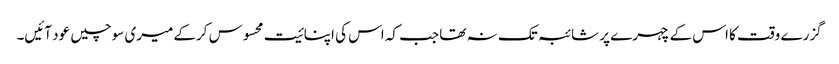
گزرے وقت کا اس کے چہرے پر شائبہ تک نہ تھا جب کہ اس کی اپنائیت محسوس کرکے میری سوچیں عود آئیں۔